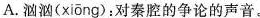
A.汹汹(xiōng):对秦腔的争论的声音。